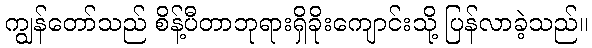
ကျွန်တော်သည် စိန့်ပီတာဘုရားရှိခိုးကျောင်းသို့ ပြန်လာခဲ့သည်။